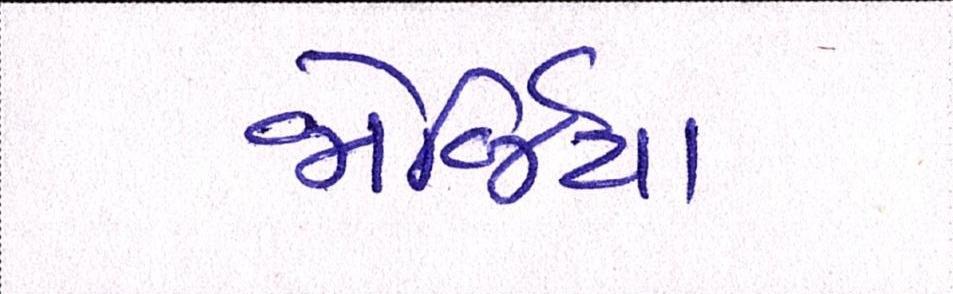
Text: જોર્જિયા